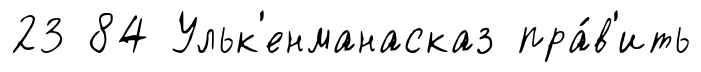
23 84 Ульк'енманасказ пра́в'ить